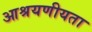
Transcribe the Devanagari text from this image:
आश्रयणीयता